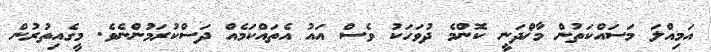
އަމިއްލަ މަސައްކަތުން މާޚްދަނީ ކޮންމެ ދުވަހަކު ވެސް އައު އެތައްކަމެއް ދަސްކުރަމުންނެވެ. މީގެއިތުރުން